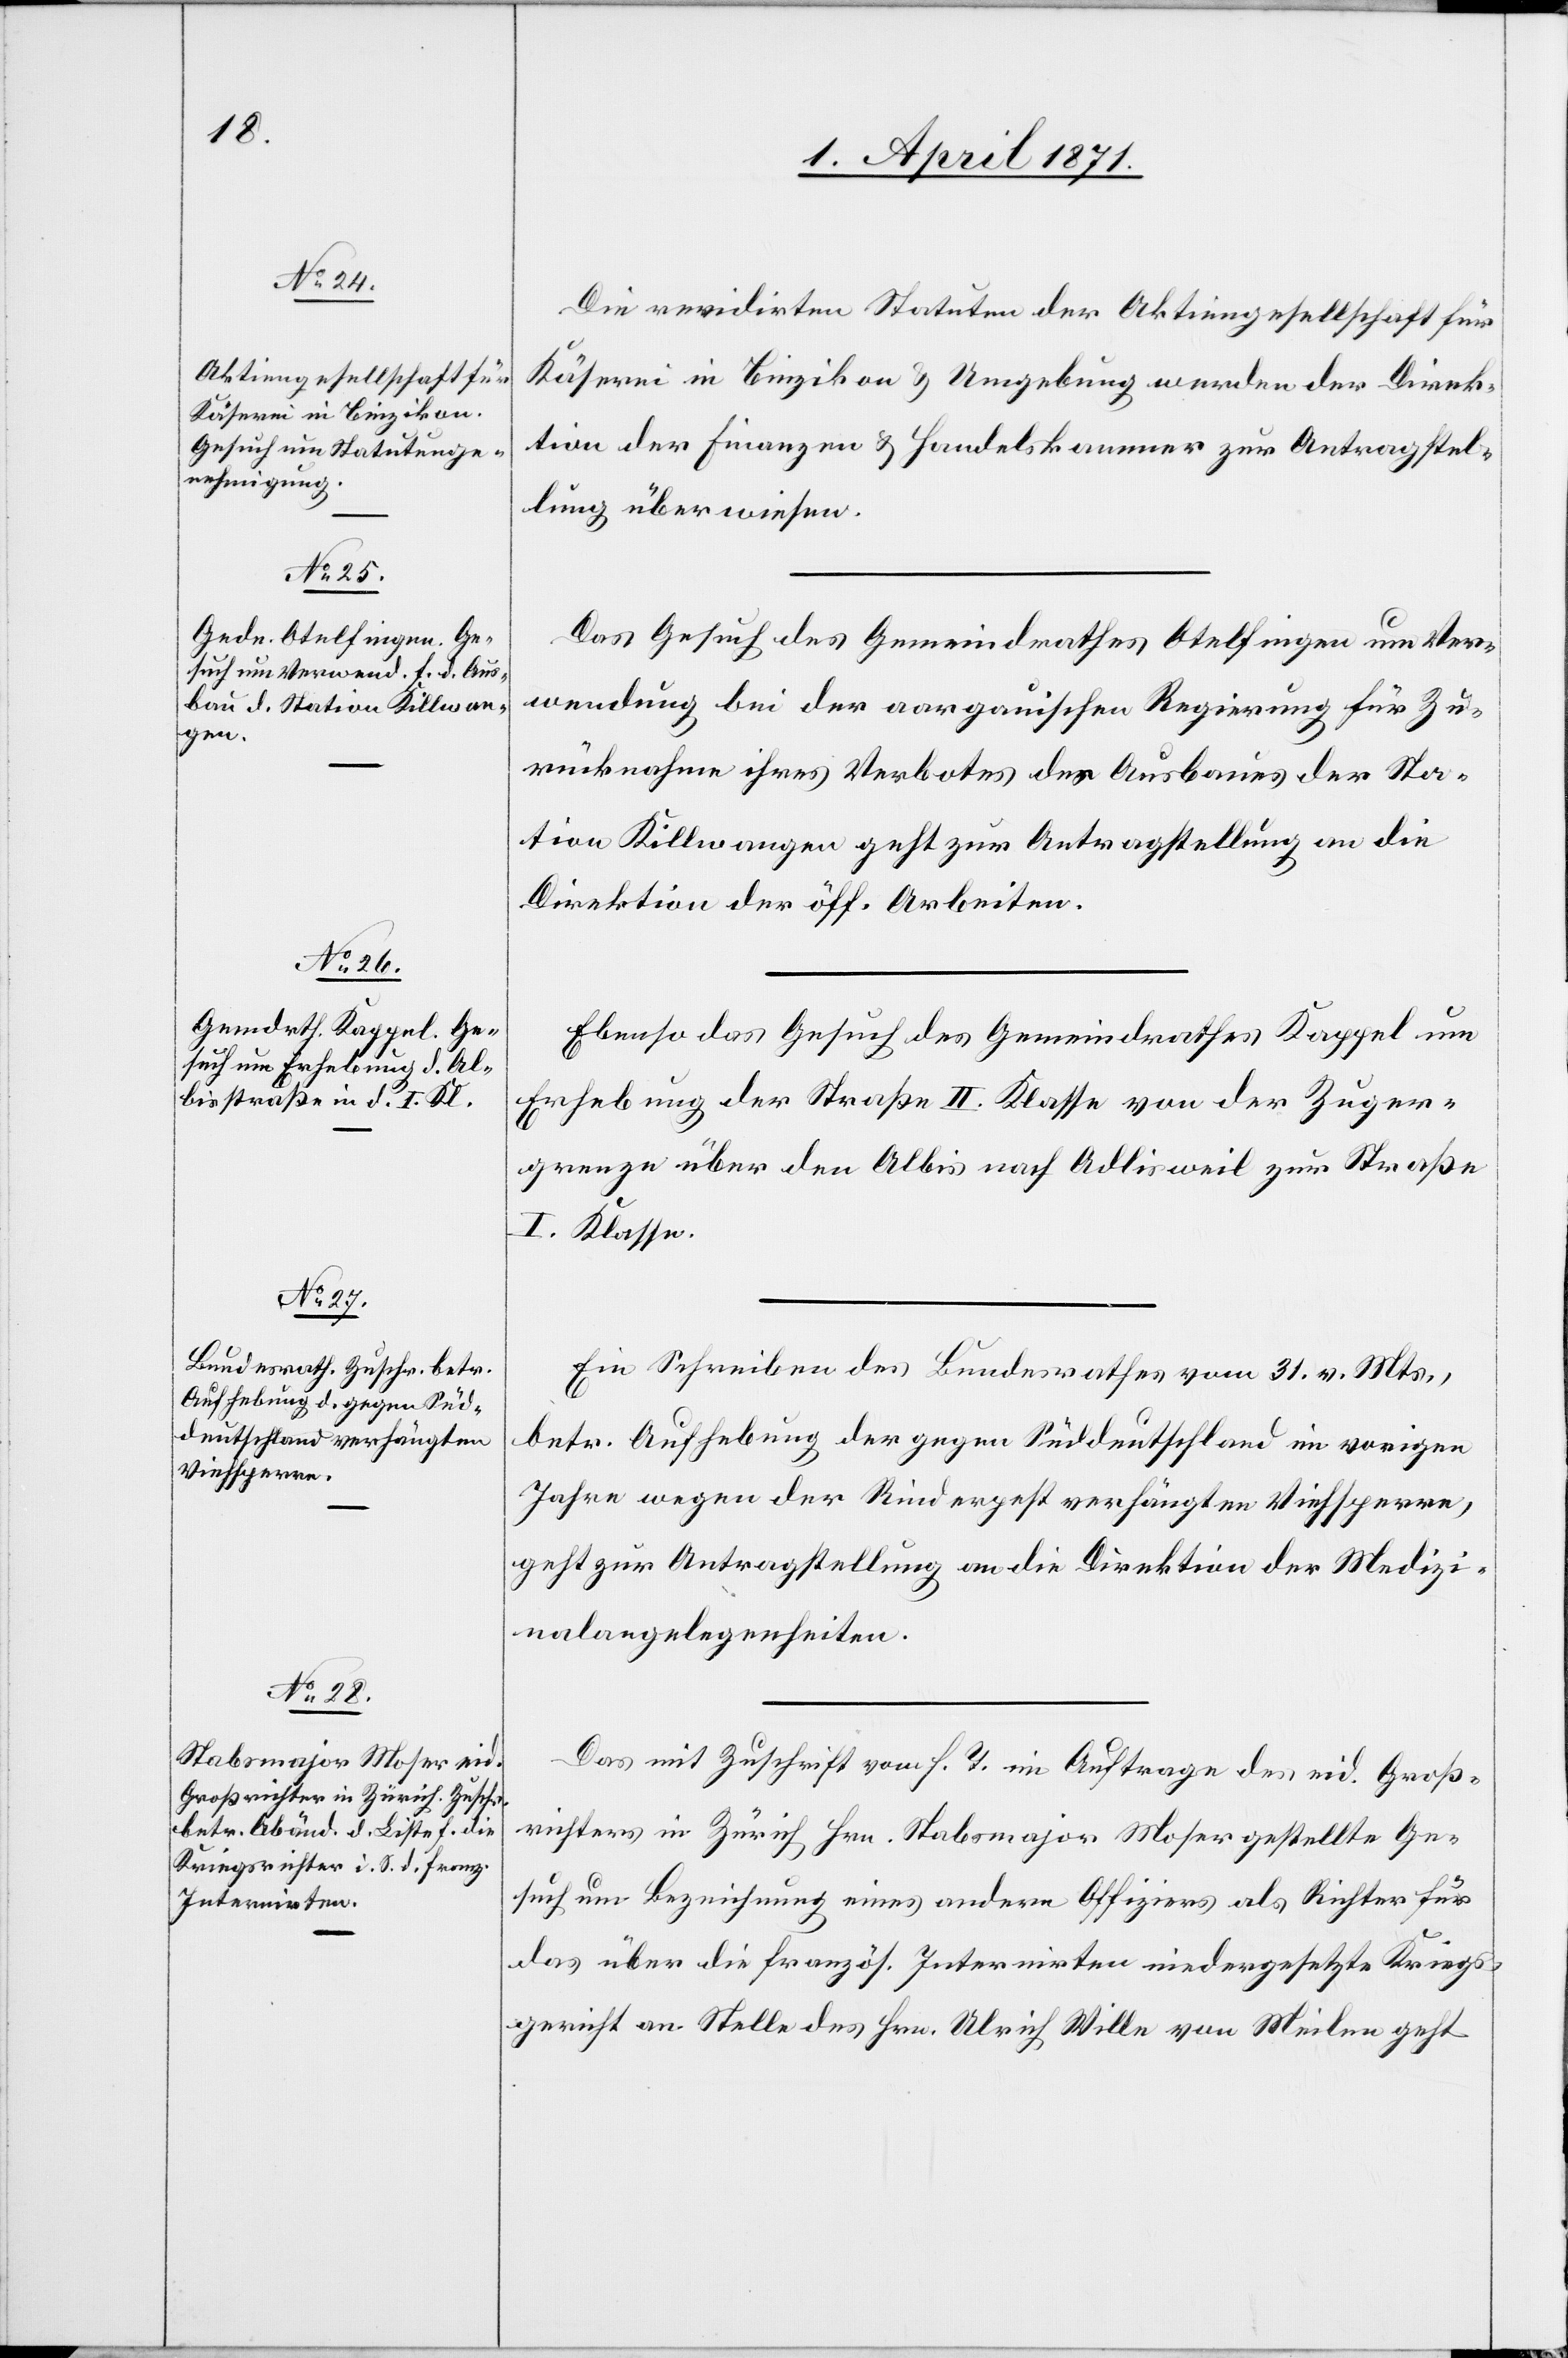
3. April 1871.]
Die revidirten Statuten der Aktiengesellschaft für
Käserei in Binzikon u. Umgebung werden der Direk¬
tion der Finanzen u. Handelskammer zur Antragstel¬
lung überwiesen.
Das Gesuch des Gemeindrathes Otelfingen um Ver¬
wendung bei der aargauischen Regierung für Zu¬
rücknahme ihres Verbotes des Ausbaues der Sta¬
tion Killwangen geht zur Antragstellung an die
Direktion der öff. Arbeiten.
Ebenso das Gesuch des Gemeindrathes Kappel um
Erhebung der Straße II. Klasse von der Zuger¬
grenze über den Albis nach Adlisweil zur Straße
I. Klasse.
Ein Schreiben des Bundesrathes vom 31. v. Mts,
betr. Aufhebung der gegen Süddeutschland im vorigen
Jahre wegen der Rinderpest verhängten Viehsperre,
geht zur Antragstellung an die Direktion der Medizi¬
nalangelegenheiten.
Das mit Zuschrift vom h. T. im Auftrage des eid. Groß¬
richters in Zürich Hrn. Stabsmajor Moser gestellte Ge¬
such um Bezeichnung eines andern Offiziers als Richter für
das über die französ. Internirten niedergesetzte Kriegs¬
gericht an Stelle des Hrn. Ulrich Wille von Meilen geht